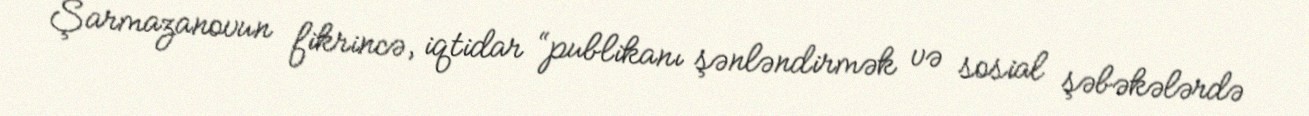
Şarmazanovun fikrincə, iqtidar “publikanı şənləndirmək və sosial şəbəkələrdə